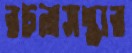
রচনাসম্ভার